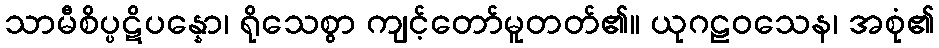
သာမီစိပ္ပဋိပန္နော၊ ရိုသေစွာ ကျင့်တော်မူတတ်၏။ ယုဂဠဝသေန၊ အစုံ၏